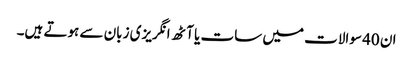
ان 40 سوالات میں سات یا آٹھ انگریزی زبان سے ہوتے ہیں۔